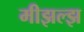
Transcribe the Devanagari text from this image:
मीझल्झ